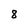
Character: 8